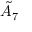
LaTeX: { \tilde { A } } _ { 7 }